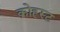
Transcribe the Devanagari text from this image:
क्रोह्र्स्ट